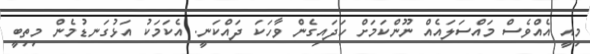
މިއީ އެއްވެސް މައްސަލައެއް ނޫންކަމަށް ހަދައިގެން ވާހަކަ ދައްކަނީ. އެކަމަކު އަޅުގަނޑުމެން މިތިބީ